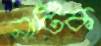
নাটিক